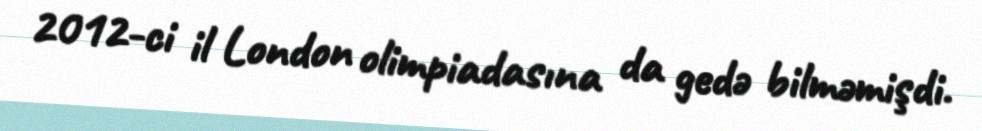
2012-ci il London olimpiadasına da gedə bilməmişdi.